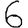
Digit: 6